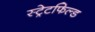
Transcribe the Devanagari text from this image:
स्ट्रेटफिल्ड